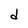
Character: d